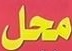
محل